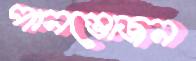
পানভোজন